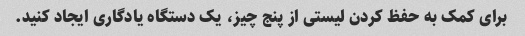
برای کمک به حفظ کردن لیستی از پنج چیز، یک دستگاه یادگاری ایجاد کنید.